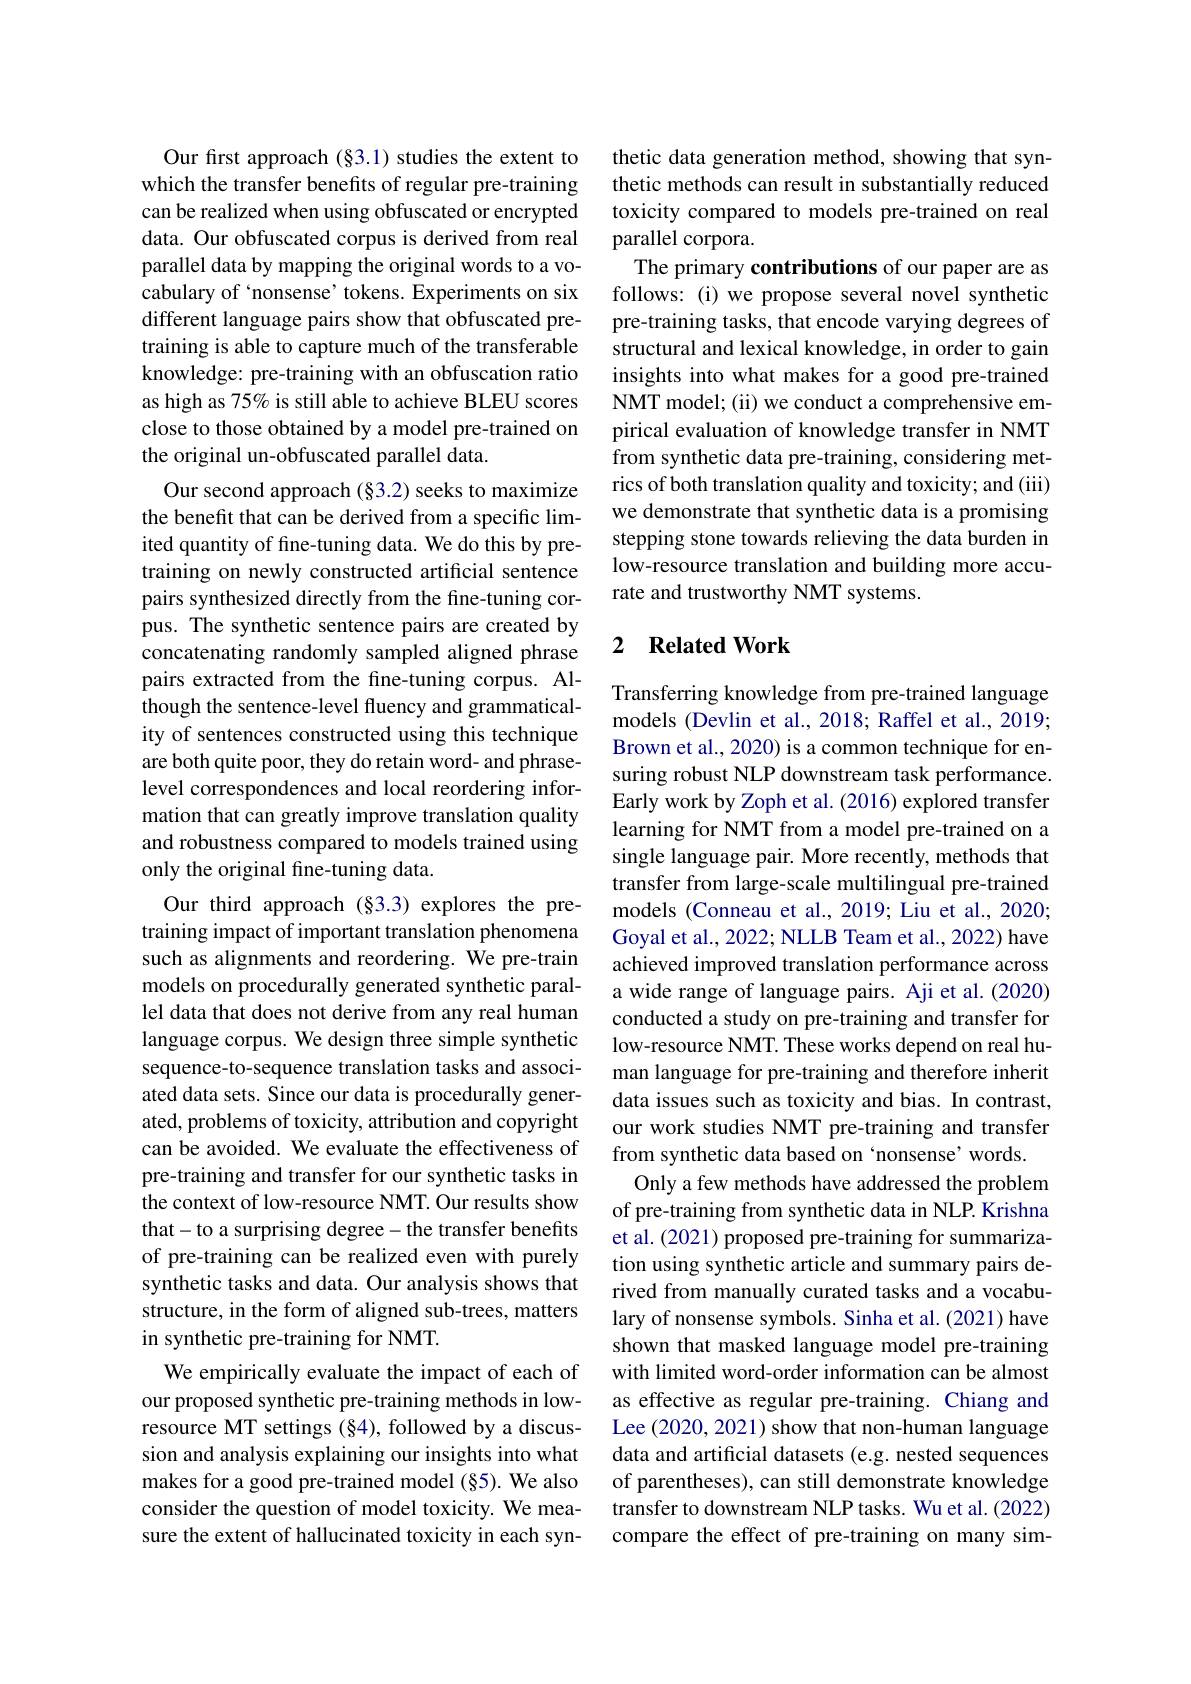
Our fırst approach (§3.1) studies the extent to which the transfer benefits of regular pre-training can be realized when using obfuscated or encrypted data. Our obfuscated corpus is derived from real parallel data by mapping the original words to a vocabulary of `nonsense' tokens. Experiments on six different language pairs show that obfuscated pretraining is able to capture much of the transferable knowledge: pre-training with an obfuscation ratio as high as 75% is still able to achieve BLEU scores close to those obtained by a model pre-trained on the original un-obfuscated parallel data.
Our second approach (§3.2) seeks to maximize the benefit that can be derived from a specific limited quantity of fine-tuning data. We do this by pretraining on newly constructed artificial sentence pairs synthesized directly from the fine-tuning corpus. The synthetic sentence pairs are created by concatenating randomly sampled aligned phrase pairs extracted from the fine-tuning corpus. Although the sentence-level fluency and grammaticality of sentences constructed using this technique are both quite poor, they do retain word- and phraselevel correspondences and local reordering information that can greatly improve translation quality and robustness compared to models trained using only the original fine-tuning data.
Our third approach (§3.3) explores the pretraining impact of important translation phenomena such as alignments and reordering. We pre-train models on procedurally generated synthetic parallel data that does not derive from any real human language corpus. We design three simple synthetic sequence-to-sequence translation tasks and associated data sets. Since our data is procedurally generated, problems of toxicity, attribution and copyright can be avoided. We evaluate the effectiveness of pre-training and transfer for our synthetic tasks in the context of low-resource NMT. Our results show that- to a surprising degree- the transfer benefits of pre-training can be realized even with purely synthetic tasks and data. Our analysis shows that structure, in the form of aligned sub-trees, matters in synthetic pre-training for NMT.
We empirically evaluate the impact of each of our proposed synthetic pre-training methods in lowresource MT settings (§4), followed by a discussion and analysis explaining our insights into what makes for a good pre-trained model (§5). We also consider the question of model toxicity. We measure the extent of hallucinated toxicity in each syn-

thetic data generation method, showing that synthetic methods can result in substantially reduced toxicity compared to models pre-trained on real parallel corpora.
The primary contributions of our paper are as follows: (i) we propose several novel synthetic pre-training tasks, that encode varying degrees of structural and lexical knowledge, in order to gain insights into what makes for a good pre-trained NMT model; (ii) we conduct a comprehensive empirical evaluation of knowledge transfer in NMT from synthetic data pre-training, considering metrics of both translation quality and toxicity; and (iii) we demonstrate that synthetic data is a promising stepping stone towards relieving the data burden in low-resource translation and building more accurate and trustworthy NMT systems.

## 2 $\textbf{Related Work}$

Transferring knowledge from pre-trained language models (Devlin et al., 2018; Raffel et al., 2019; Brown et al., 2020) is a common technique for ensuring robust NLP downstream task performance. Early work by Zoph et al. (2016) explored transfer learning for NMT from a model pre-trained on a single language pair. More recently, methods that transfer from large-scale multilingual pre-trained models (Conneau et al., 2019; Liu et al., 2020; Goyal et al., 2022; NLLB Team et al., 2022) have achieved improved translation performance across a wide range of language pairs. Aji et al.(2020) conducted a study on pre-training and transfer for low-resource NMT. These works depend on real human language for pre-training and therefore inherit data issues such as toxicity and bias. In contrast, our work studies NMT pre-training and transfer from synthetic data based on‘nonsense’words.
Only a few methods have addressed the problem of pre-training from synthetic data in NLP. Krishna et al. (2021) proposed pre-training for summarization using synthetic article and summary pairs derived from manually curated tasks and a vocabulary of nonsense symbols. Sinha et al.(2021) have shown that masked language model pre-training with limited word-order information can be almost as effective as regular pre-training. Chiang and Lee (2020, 2021) show that non-human language data and artificial datasets (e.g. nested sequences of parentheses), can still demonstrate knowledge transfer to downstream NLP tasks. Wu et al. (2022) compare the effect of pre-training on many sim-